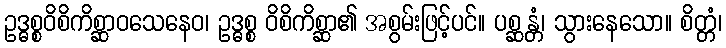
ဥဒ္ဓစ္စဝိစိကိစ္ဆာဝသေနေဝ၊ ဥဒ္ဓစ္စ ဝိစိကိစ္ဆာ၏ အစွမ်းဖြင့်ပင်။ ပစ္ဆန္တံ၊ သွားနေသော။ စိတ္တံ၊